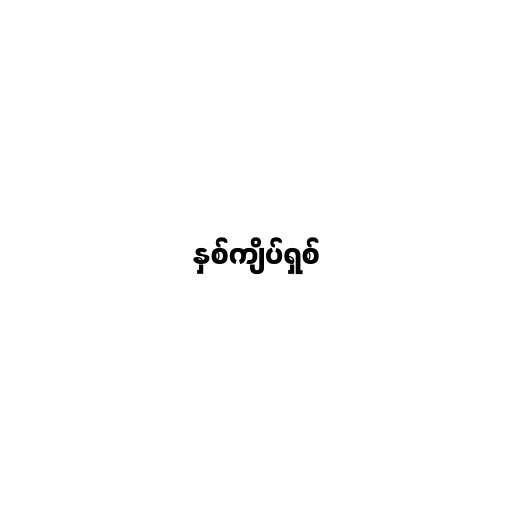
နှစ်ကျိပ်ရှစ်